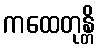
ကထေတုန္တိ